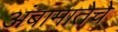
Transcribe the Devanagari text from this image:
अंबामातेचे